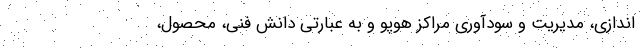
‌اندازی، مدیریت و سودآوری مراکز هوپو و به عبارتی دانش فنی، محصول،